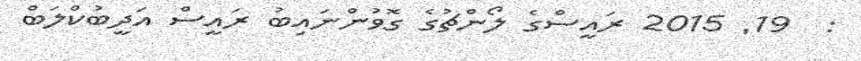
:  19